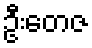
ဦးတေဇ